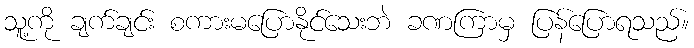
သူ့ကို ချက်ချင်း စကားမပြောနိုင်သေးဘဲ ခဏကြာမှ ပြန်ပြောရသည်။